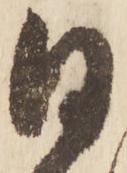
日